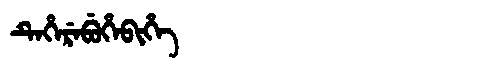
Manchu: ᡨᡝᡥᡝᡵᡝᠪᡠᡥᡝᠪᡳᡥᡝ
Romanization: TEHEREBUHEBIHE